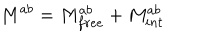
M ^ { a b } = M _ { f r e e } ^ { a b } + M _ { i n t } ^ { a b }